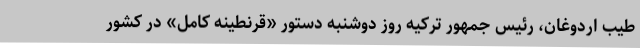
طیب اردوغان، رئیس جمهور ترکیه روز دوشنبه دستور «قرنطینه کامل» در کشور